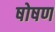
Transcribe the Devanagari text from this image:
षोषण